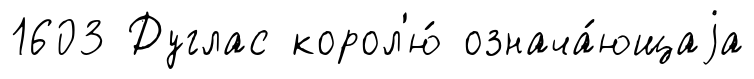
1603 Дуглас корол'ю́ означа́ющаjа